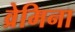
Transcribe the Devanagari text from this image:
व्रेमिना